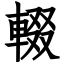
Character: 輟